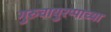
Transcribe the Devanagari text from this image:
गुरुवायुरप्पाच्या